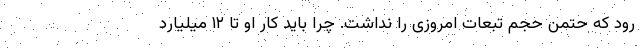
رود که حتمن حجم تبعات امروزی را نداشت. چرا باید کار او تا ۱۲ میلیارد